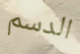
الدسم